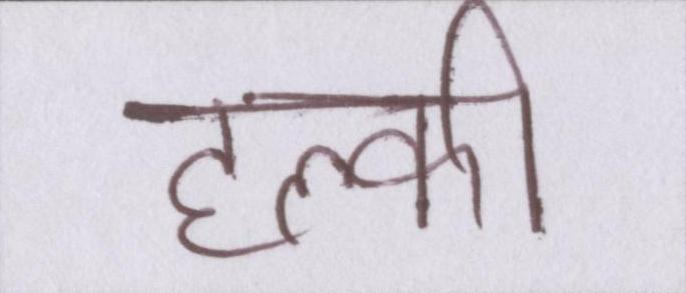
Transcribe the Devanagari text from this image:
हल्की